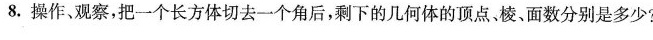
8.操作、观察，把一个长方体切去一个角后，剩下的几何体的顶点。棱。面数分别是多少？